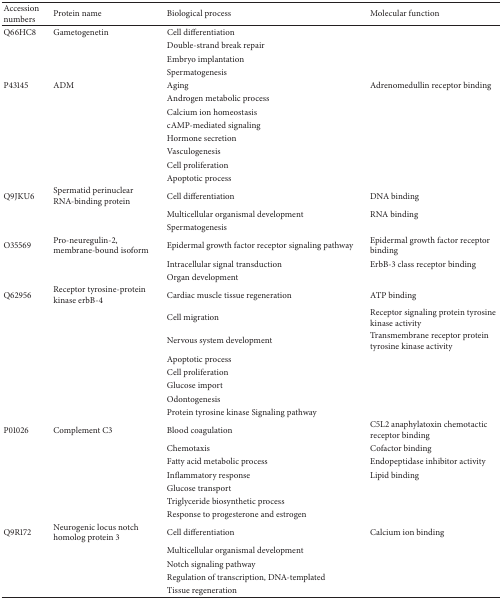
| Accession numbers | Protein name | Biological process | Molecular function |
 | --- | --- | --- | --- |
 | Q66HC8 | Gametogenetin | Cell differentiation |  |
 |  |  | Double-strand break repair |  |
 |  |  | Embryo implantation |  |
 |  |  | Spermatogenesis |  |
 | P43145 | ADM | Aging | Adrenomedullin receptor binding |
 |  |  | Androgen metabolic process |  |
 |  |  | Calcium ion homeostasis |  |
 |  |  | cAMP-mediated signaling |  |
 |  |  | Hormone secretion |  |
 |  |  | Vasculogenesis |  |
 |  |  | Cell proliferation |  |
 |  |  | Apoptotic process |  |
 | Q9JKU6 | Spermatid perinuclear RNA-binding protein | Cell differentiation | DNA binding |
 |  |  | Multicellular organismal development | RNA binding |
 |  |  | Spermatogenesis |  |
 | O35569 | Pro-neuregulin-2, membrane-bound isoform | Epidermal growth factor receptor signaling pathway | Epidermal growth factor receptor binding |
 |  |  | Intracellular signal transduction | ErbB-3 class receptor binding |
 |  |  | Organ development |  |
 | Q62956 | Receptor tyrosine-protein kinase erbB-4 | Cardiac muscle tissue regeneration | ATP binding |
 |  |  | Cell migration | Receptor signaling protein tyrosine kinase activity |
 |  |  | Nervous system development | Transmembrane receptor protein tyrosine kinase activity |
 |  |  | Apoptotic process |  |
 |  |  | Cell proliferation |  |
 |  |  | Glucose import |  |
 |  |  | Odontogenesis |  |
 |  |  | Protein tyrosine kinase Signaling pathway |  |
 | P01026 | Complement C3 | Blood coagulation | C5L2 anaphylatoxin chemotactic receptor binding |
 |  |  | Chemotaxis | Cofactor binding |
 |  |  | Fatty acid metabolic process | Endopeptidase inhibitor activity |
 |  |  | Inflammatory response | Lipid binding |
 |  |  | Glucose transport |  |
 |  |  | Triglyceride biosynthetic process |  |
 |  |  | Response to progesterone and estrogen |  |
 | Q9R172 | Neurogenic locus notch homolog protein 3 | Cell differentiation | Calcium ion binding |
 |  |  | Multicellular organismal development |  |
 |  |  | Notch signaling pathway |  |
 |  |  | Regulation of transcription, DNA-templated |  |
 |  |  | Tissue regeneration |  |